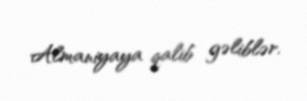
Almaniyaya qalib gəliblər.